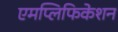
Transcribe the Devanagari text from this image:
एमप्लिफिकेशन